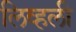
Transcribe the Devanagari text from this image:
लिव्हली